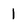
Character: 1